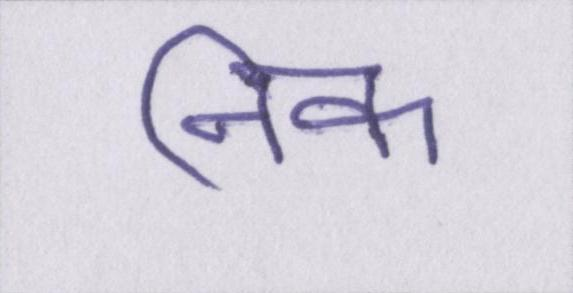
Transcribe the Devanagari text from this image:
निक